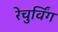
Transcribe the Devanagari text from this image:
रेचुर्विंग